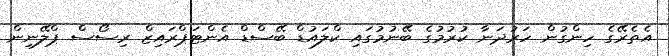
އެތެރޭގެ ހިންގުން ހަރުދަނާ ކުރުމުގެ ބޭނުމުގައި ކްލައުޑް ބޭސްޑް އެންޓަޕްރައިޒް ރިސޯސް ޕްލޭނިން